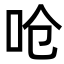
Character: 呛